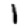
Digit: 1